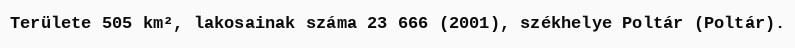
Területe 505 km², lakosainak száma 23 666 (2001), székhelye Poltár (Poltár).